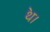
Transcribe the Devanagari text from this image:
थ॓।